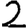
Digit: 2